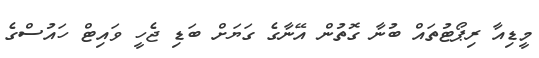
މީޑިއާ ރިޕޯޓުތައް ބުނާ ގޮތުން އޭނާގެ ގަޔަށް ބަޑި ޖެހީ ވައިޓް ހައުސްގެ